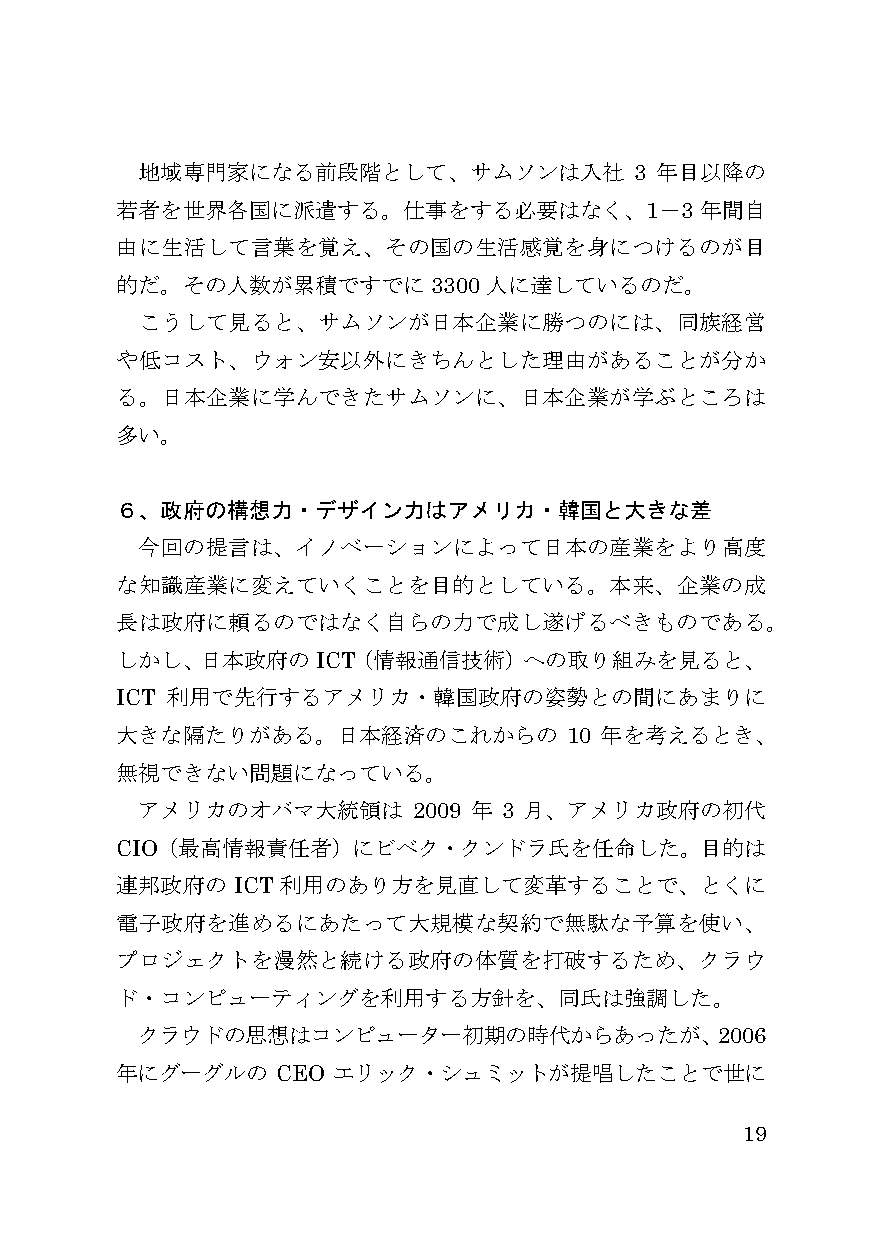
地域専門家になる前段階として、サムソンは入社           3 年目以降の
 若者を世界各国に派遣する。仕事をする必要はなく、1－3           年間自
 由に生活して言葉を覚え、その国の生活感覚を身につけるのが目
 的だ。その人数が累積ですでに3300人に達しているのだ。
 こうして見ると、サムソンが日本企業に勝つのには、同族経営
 や低コスト、ウォン安以外にきちんとした理由があることが分か
 る。日本企業に学んできたサムソンに、日本企業が学ぶところは
 多い。
 ６、政府の構想力・デザイン力はアメリカ・韓国と大きな差
 今回の提言は、イノベーションによって日本の産業をより高度
 な知識産業に変えていくことを目的としている。本来、企業の成
 長は政府に頼るのではなく自らの力で成し遂げるべきものである。
 しかし、日本政府のICT（情報通信技術）への取り組みを見ると、
 ICT 利用で先行するアメリカ・韓国政府の姿勢との間にあまりに
 大きな隔たりがある。日本経済のこれからの         10 年を考えるとき、
 無視できない問題になっている。
 アメリカのオバマ大統領は      2009 年 3 月、アメリカ政府の初代
 CIO（最高情報責任者）にビベク・クンドラ氏を任命した。目的は
 連邦政府の  ICT 利用のあり方を見直して変革することで、とくに
 電子政府を進めるにあたって大規模な契約で無駄な予算を使い、
 プロジェクトを漫然と続ける政府の体質を打破するため、クラウ
 ド・コンピューティングを利用する方針を、同氏は強調した。
 クラウドの思想はコンピューター初期の時代からあったが、2006
 年にグーグルの   CEO エリック・シュミットが提唱したことで世に
 19